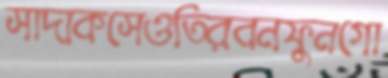
সাদাকসেওতিরবনফুনগো